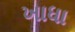
ખાધા